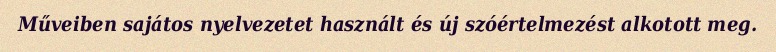
Műveiben sajátos nyelvezetet használt és új szóértelmezést alkotott meg.